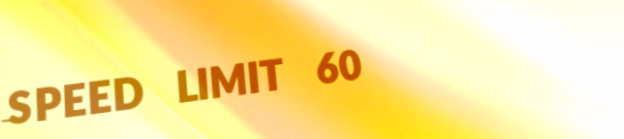
SPEED LIMIT 60